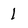
Character: 1